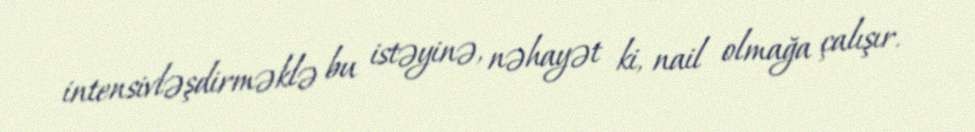
intensivləşdirməklə bu istəyinə, nəhayət ki, nail olmağa çalışır.